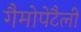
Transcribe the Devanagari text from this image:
गैमोपेटैली